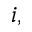
i ,